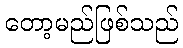
တော့မည်ဖြစ်သည်